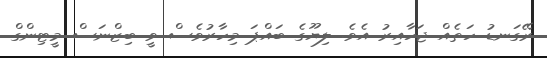
ރޭގަނޑު ހަތެއް ޖަހާއިރު އެވެ. ލިޔޫގެ ބައްޕަ މިހާރުވެސް ވީ ބިޒްނަސް މީޓިންގް